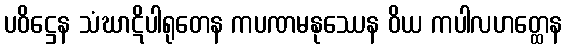
ပဝိဋ္ဌေန သံဃာဋိပါရုတေန ကပဏမနုဿေန ဝိယ ကပါလဟတ္ထေန